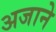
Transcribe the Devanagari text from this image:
अजाने